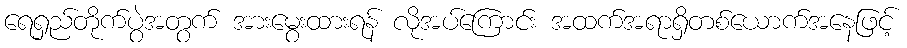
ရေရှည်တိုက်ပွဲအတွက် အားမွေးထားရန် လိုအပ်ကြောင်း အထက်အရာရှိတစ်ယောက်အနေဖြင့်